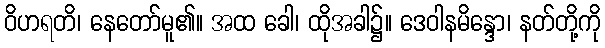
ဝိဟရတိ၊ နေတော်မူ၏။ အထ ခေါ၊ ထိုအခါ၌။ ဒေဝါနမိန္ဒော၊ နတ်တို့ကို